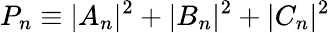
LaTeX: P_{n}\equiv|A_{n}|^{2}+|B_{n}|^{2}+|C_{n}|^{2}